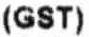
(GST)